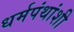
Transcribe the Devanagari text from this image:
धर्मपंथांशी